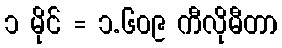
၁ မိုင် = ၁.၆၀၉ ကီလိုမီတာ